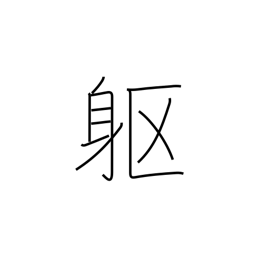
Meaning: corpse